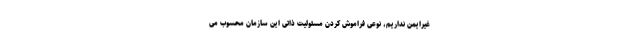
غیرایمن نداریم، نوعی فراموش کردن مسئولیت ذاتی این سازمان محسوب می